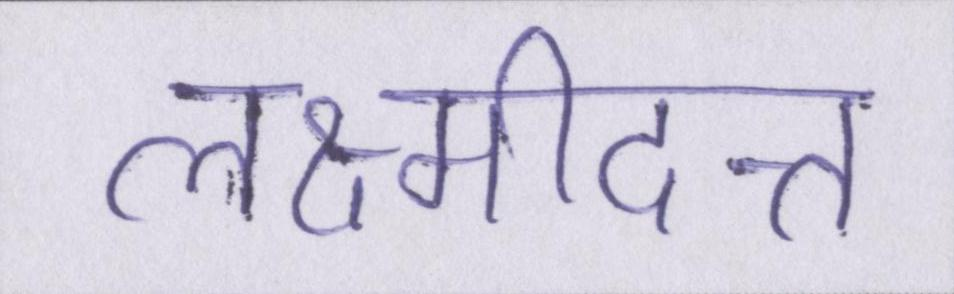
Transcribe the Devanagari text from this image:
लक्ष्मीदत्त